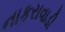
નાકરાવાડી